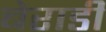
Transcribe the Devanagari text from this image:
बेराडी